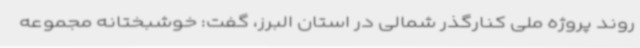
روند پروژه ملی کنارگذر شمالی در استان البرز، گفت: خوشبختانه مجموعه